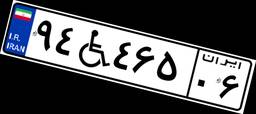
۹۴W۴۶۵۰۶